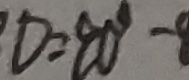
D = 9 0 ^ { \circ } -